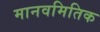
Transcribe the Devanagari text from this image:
मानवमितिक